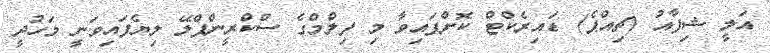
އަލީ ޝިފާއު (ޗިއްޕެ) ޑައިރެކްޓް ކޮށްފައިވާ މި ފިލްމްގެ ސްކްރީންޕްލޭ ލިޔެފައިވަނީ މަހުދީ